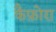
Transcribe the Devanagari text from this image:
कैफ़ोरा